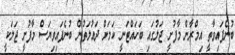
ބުނެފައިވާތީ އިމްރާން މާފުށީ ޖަލުގައި ބަހައްޓަނީ ކަމަށް ދައުލަތުން ބުނެފައިވިޔަސް މާފުށީ ޖަލަކީ